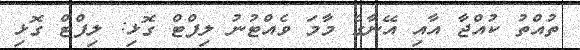
ތުއްތު ކުއްޖާ އާއި އޭނާގެ މާމަ ވެއްޓުނު ލިފްޓް ގޮޅި: ލިފްޓް ގޮޅި